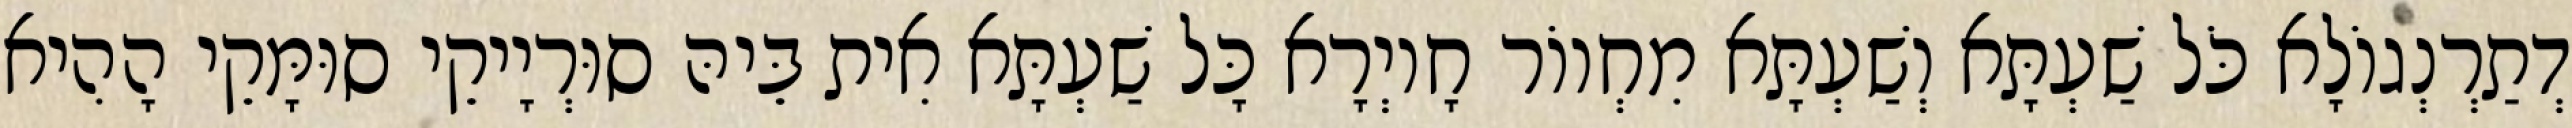
דְתַרְנְגוֹלָא כֹּל שַׁעְתָּא וְשַׁעְתָּא מִחְווֹר חָיוְרָא כָּל שַׁעְתָּא אִית בֵּיהּ סוּרְיָיקֵי סוּמָּקֵי הָהִיא